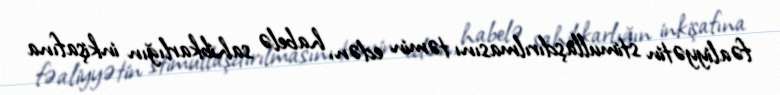
fəaliyyətin stimullaşdırılmasını təmin edən, habelə sahibkarlığın inkişafına